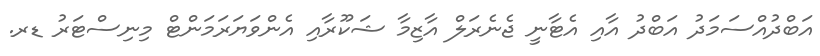
އަބްދުއްސަމަދު އަބްދު އާއި އެޓާނީ ޖެނެރަލް އާޒިމާ ޝަކޫރާއި އެންވަޔަރަމަންޓް މިނިސްޓަރު ޑރ.